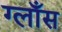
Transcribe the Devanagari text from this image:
ग्लाँस